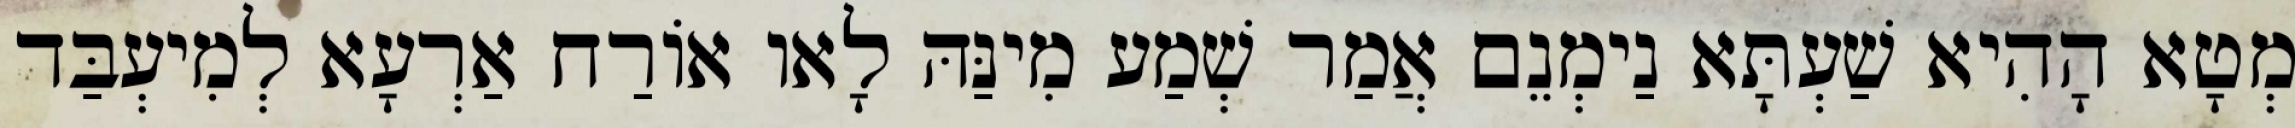
מְטָא הָהִיא שַׁעְתָּא נַימְנֵם אֲמַר שְׁמַע מִינַּהּ לָאו אוֹרַח אַרְעָא לְמִיעְבַּד